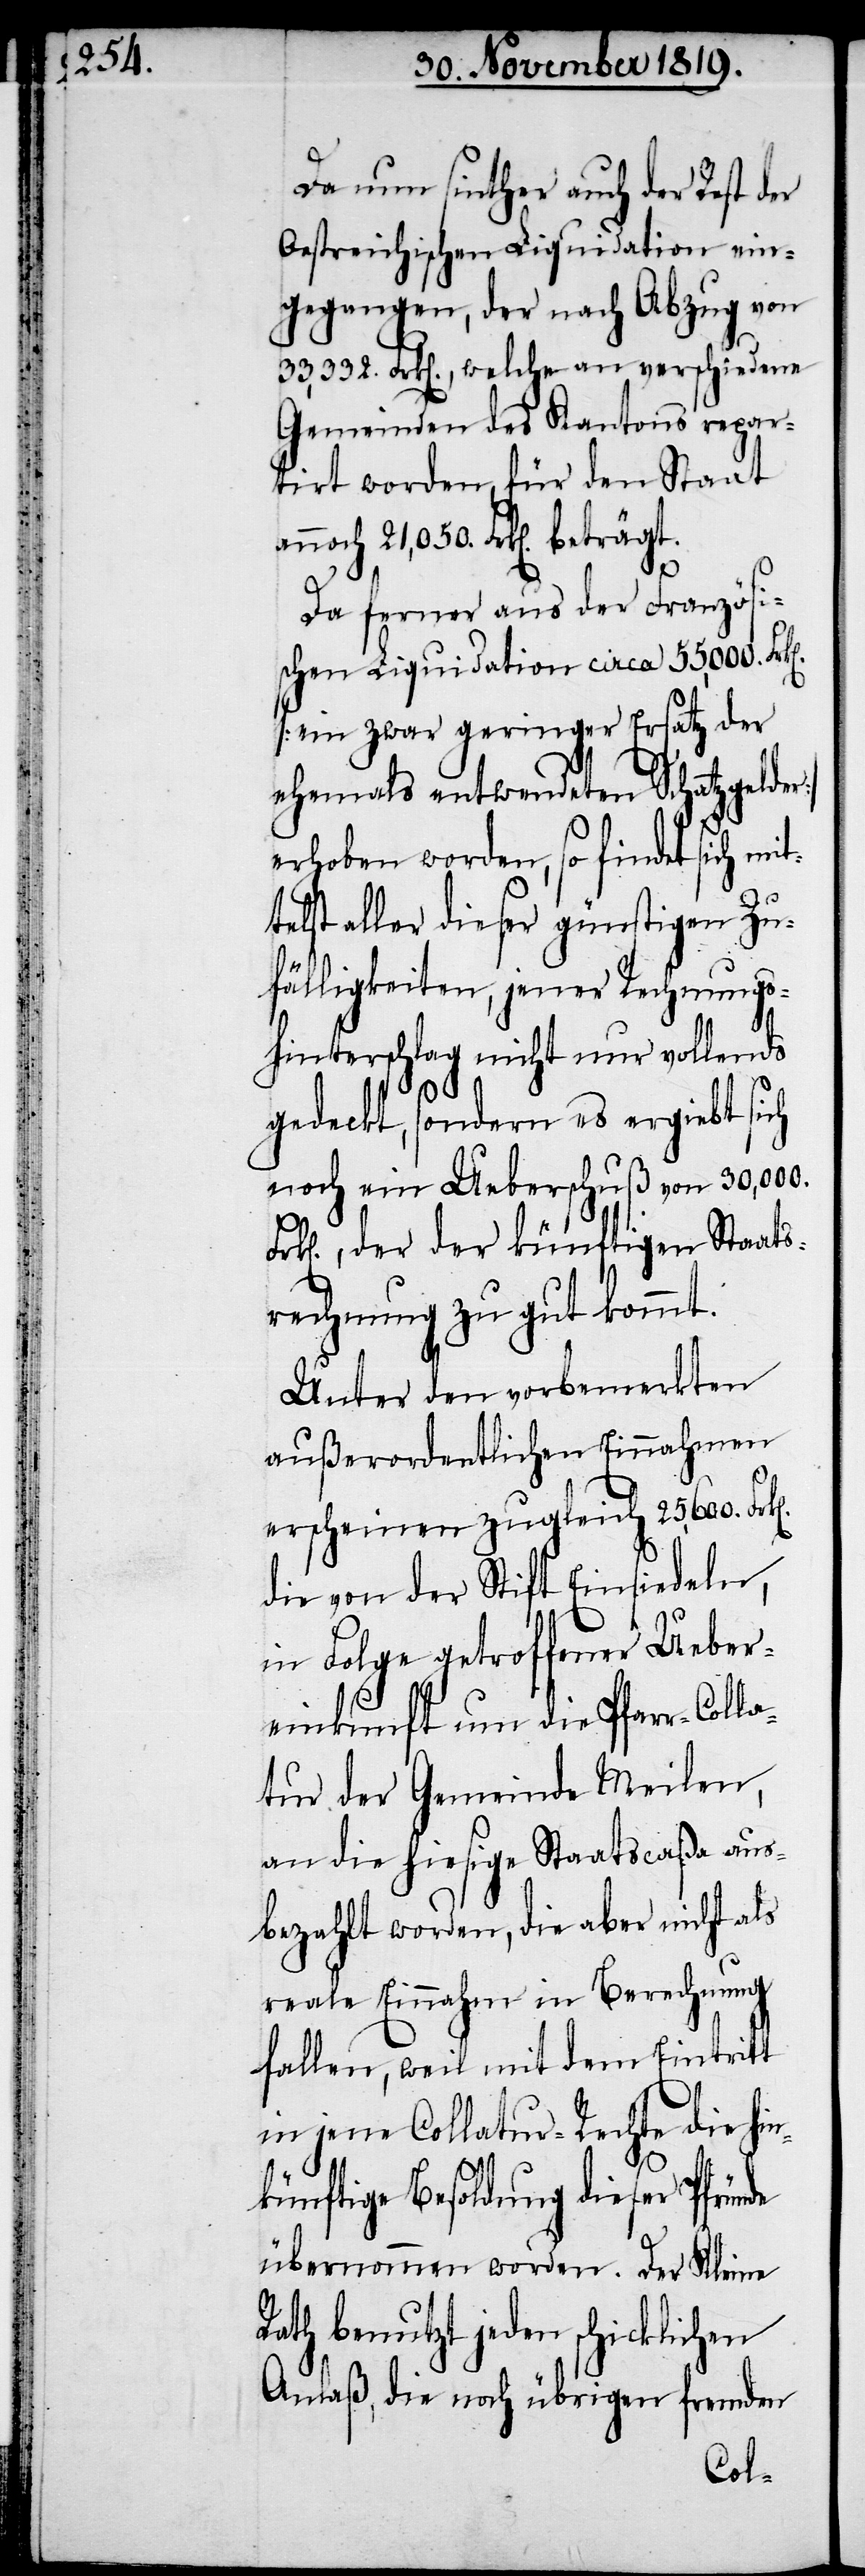
Da nun sinther auch der Rest der
Oestreichischen Liquidation ein¬
gegangen, der nach Abzug von
33,332. Frk[en]., welche an verschiedene
Gemeinden des Kantons repar¬
tirt worden, für den Staat
annoch 21,050. Frk[en].
Da ferner aus der Französi¬
schen Liquidation circa 55,000.
[ein zwar geringer Ersatz der
ehemals entwendeten Schatzgelder]
erhoben worden, so findet sich mit¬
telst aller dieser günstigen Zu¬
fälligkeiten, jener Rechnungs¬
hinterschlag nicht nur vollends
gedeckt, sondern es ergiebt sich
noch ein Ueberschuß von 30,000.
k[en]., der der künftigen Staats¬
rechnung zu gut kommt.
Unter den vorbemerkten
außerordentlichen Einnahmen
erscheinen zugleich 25,600.
die von der Stift Einsiedeln,
in Folge getroffener Ueber¬
einkunft um die Pfarr-Coll¬
atur der Gemeinde Meilen,
an die hiesige Staatscaßa aus¬
bezahlt worden, die aber nicht als
reale Einnahm in Berechnung
fallen, weil mit dem Eintritt
in jene Collatur-Rechte die hin¬
künftige Besoldung dieser Pfründe
übernommen worden. Der Kleine
Rath benutzt jeden schicklichen
Anlaß, die noch übrigen fremden
Fr¬